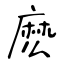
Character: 麽